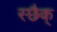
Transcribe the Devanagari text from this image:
स्छैक्